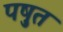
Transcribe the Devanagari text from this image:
पष़ुत